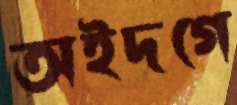
অইদগে